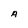
Character: A